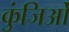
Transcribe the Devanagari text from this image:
कुंजिओं